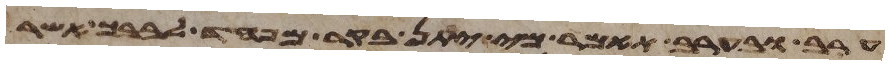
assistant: ערב ובערב תאמר מי יתן בקר מפחד לבבך אשר